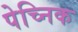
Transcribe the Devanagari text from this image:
पेच्निक